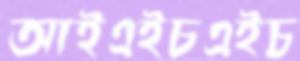
আইএইচএইচ